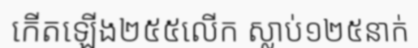
កើតឡើង២៥៥លើក ស្លាប់១២៥នាក់